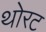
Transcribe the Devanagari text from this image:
थोरट